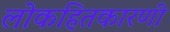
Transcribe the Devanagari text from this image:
लोकहितकारणी